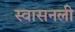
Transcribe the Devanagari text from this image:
स्वासनली